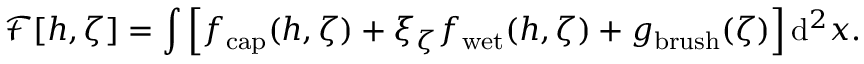
\mathcal { F } [ h , \zeta ] = \int \left[ f _ { \mathrm { c a p } } ( h , \zeta ) + \xi _ { \zeta } f _ { \mathrm { w e t } } ( h , \zeta ) + g _ { \mathrm { b r u s h } } ( \zeta ) \right] \mathrm { d } ^ { 2 } x .